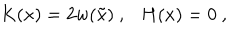
LaTeX: K ( x ) = 2 w ( \tilde { x } ) \ , \ \ \ H ( x ) = 0 \ ,